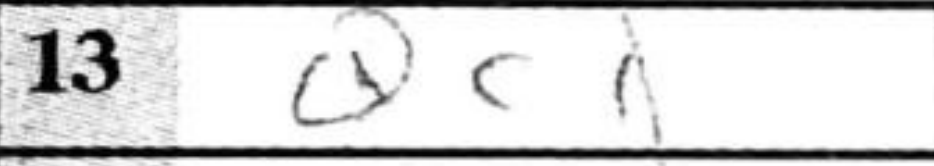
Transcription: Qc1